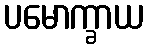
ပမောက္ခာယ